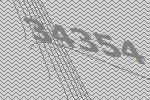
34354